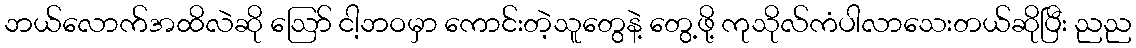
ဘယ်လောက်အထိလဲဆို ဪ ငါ့ဘဝမှာ ကောင်းတဲ့သူတွေနဲ့ တွေ့ဖို့ ကုသိုလ်ကံပါလာသေးတယ်ဆိုပြီး ညည